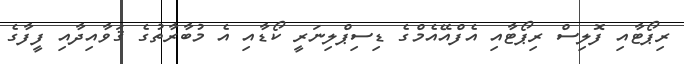
ރިޕޯޓާއި ފޮލިސް ރިޕޯޓާއި އެފްއޭއެމްގެ ޑިސިޕްލިނަރީ ކޯޑާއި އެ މުބާރާތުގެ ޤަވާއިދާއި ފީފާގެ